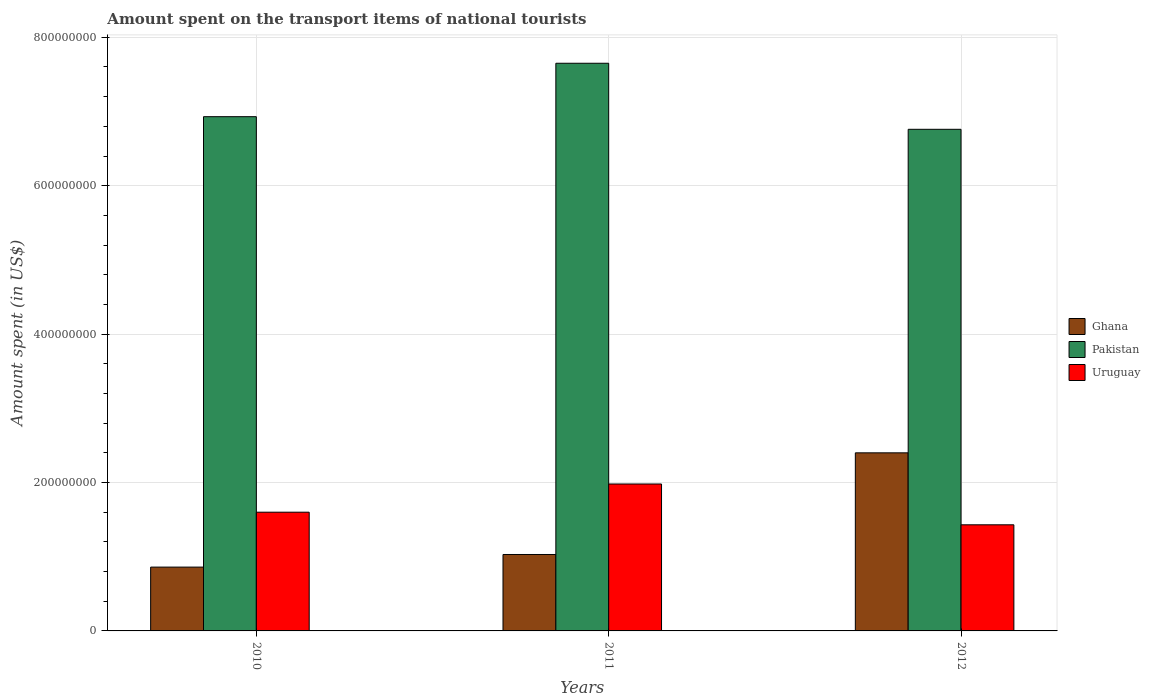
| Years | Ghana | Pakistan | Uruguay |
 | --- | --- | --- | --- |
 | 2010 | 8.6e+07 | 6.93e+08 | 1.6e+08 |
 | 2011 | 1.03e+08 | 7.65e+08 | 1.98e+08 |
 | 2012 | 2.4e+08 | 6.76e+08 | 1.43e+08 |